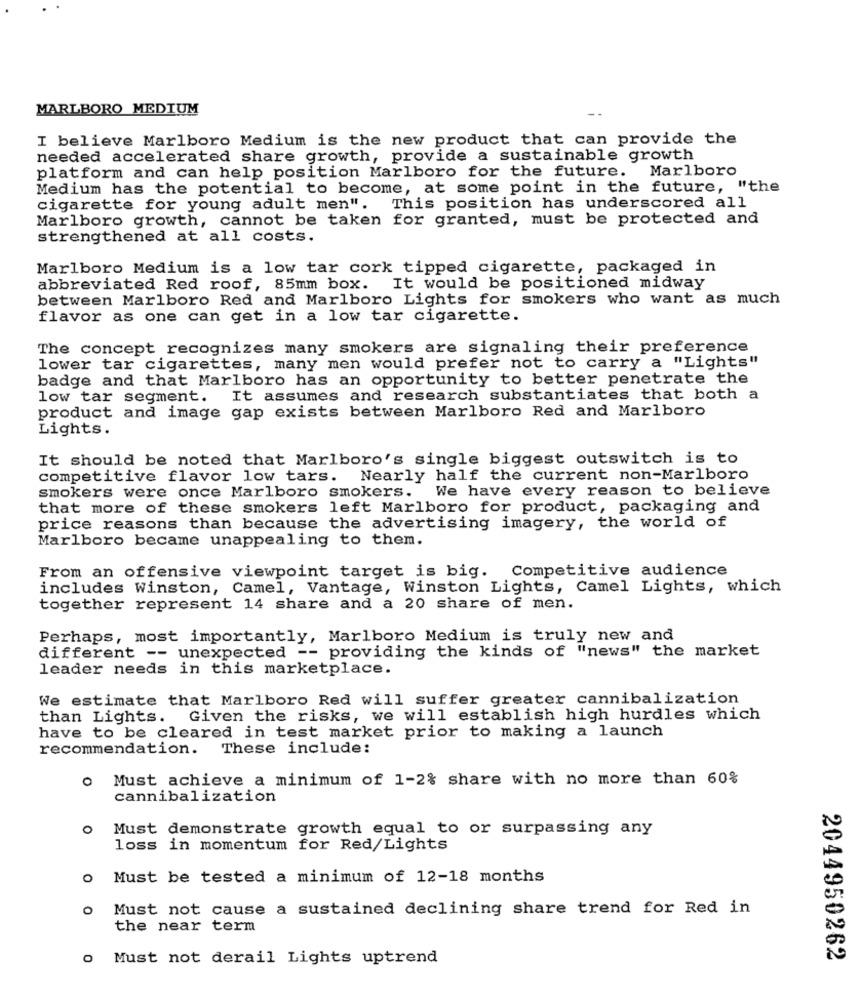
MARLBORO MEDIUM
I believe Marlboro Medium is the new product that can provide the
needed accelerated share growth, provide a sustainable growth
platform and can help position Marlboro for the future. Marlboro
Medium has the potential to become, at some point in the future, "the
cigarette for young adult men". This position has underscored all
Marlboro growth, cannot be taken for granted, must be protected and
strengthened at all costs.
Marlboro Medium is a low tar cork tipped cigarette, packaged in
abbreviated Red roof, 85mm box. It would be positioned midway
between Marlboro Red and Marlboro Lights for smokers who want as much
flavor as one can get in a low tar cigarette.
The concept recognizes many smokers are signaling their preference
lower tar cigarettes, many men would prefer not to carry a "Lights"
badge and that Marlboro has an opportunity to better penetrate the
low tar segment. It assumes and research substantiates that both a
product and image gap exists between Marlboro Red and Marlboro
Lights.
It should be noted that Marlboro's single biggest outswitch is to
competitive flavor low tars. Nearly half the current non-Marlboro
smokers were once Marlboro smokers.
We have every reason to believe
that more of these smokers left Marlboro for product, packaging and
price reasons than because the advertising imagery, the world of
Marlboro became unappealing to them.
From an offensive viewpoint target is big. Competitive audience
includes Winston, Camel, Vantage, Winston Lights, Camel Lights, which
together represent 14 share and a 20 share of men.
Perhaps, most importantly, Marlboro Medium is truly new and
different -- unexpected -- providing the kinds of "news" the market
leader needs in this marketplace.
We estimate that Marlboro Red will suffer greater cannibalization
than Lights. Given the risks, we will establish high hurdles which
have to be cleared in test market prior to making a launch
recommendation.
These include:
o Must achieve a minimum of 1-2% share with no more than 60%
cannibalization
O
Must demonstrate growth equal to or surpassing any
loss in momentum for Red/Lights
O
Must be tested a minimum of 12-18 months
O
Must not cause a sustained declining share trend for Red in
the near term
O
Must not derail Lights uptrend
2044950262